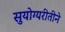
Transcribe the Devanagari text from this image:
सुयोग्यरीतीने